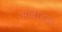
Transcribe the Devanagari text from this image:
अल्लाहचा